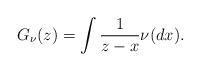
LaTeX: \begin{align*}G_\nu(z)=\int\frac{1}{z-x}\nu(dx).\end{align*}